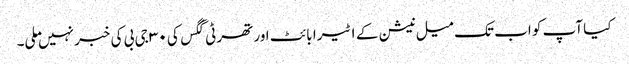
کیا آپ کو اب تک میل نیشن کے ۱ ٹیرا بائٹ اور تھرٹی گگس کی ۳۰ جی بی کی خبر نہیں ملی۔